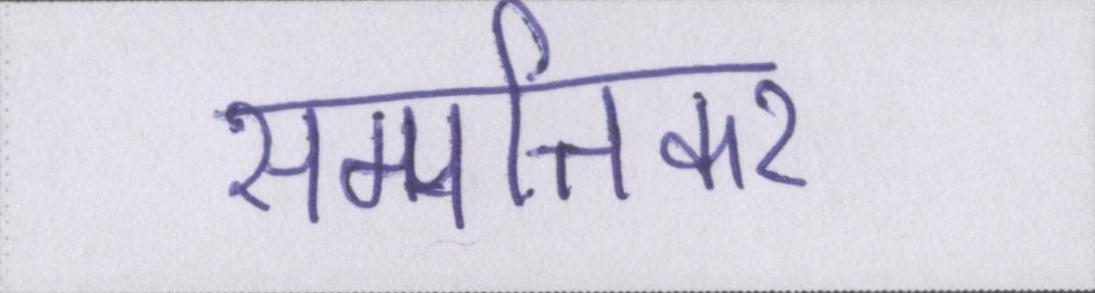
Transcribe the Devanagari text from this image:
सम्पत्तिकर